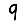
Digit: 9